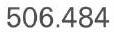
506.484